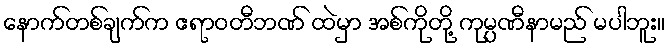
နောက်တစ်ချက်က ဧရာဝတီဘဏ် ထဲမှာ အစ်ကိုတို့ ကုမ္ပဏီနာမည် မပါဘူး။